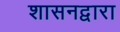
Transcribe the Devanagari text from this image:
शासनद्वारा